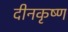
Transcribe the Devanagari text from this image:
दीनकृष्ण